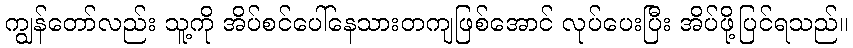
ကျွန်တော်လည်း သူ့ကို အိပ်စင်ပေါ်နေသားတကျဖြစ်အောင် လုပ်ပေးပြီး အိပ်ဖို့ပြင်ရသည်။